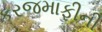
કરજમાફીની